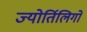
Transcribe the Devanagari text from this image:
ज्योर्तिलिगों